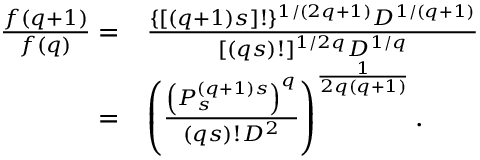
\begin{array} { r l } { \frac { f ( q + 1 ) } { f ( q ) } = } & { \frac { \{ [ ( q + 1 ) s ] ! \} ^ { 1 / ( 2 q + 1 ) } D ^ { 1 / ( q + 1 ) } } { [ ( q s ) ! ] ^ { 1 / 2 q } D ^ { 1 / q } } } \\ { = } & { \left( \frac { \left( P _ { s } ^ { ( q + 1 ) s } \right) ^ { q } } { ( q s ) ! D ^ { 2 } } \right) ^ { \frac { 1 } { 2 q ( q + 1 ) } } . } \end{array}